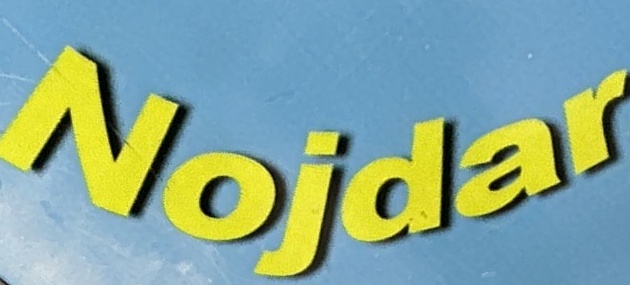
Nojdar